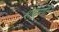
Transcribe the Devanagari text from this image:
शेंदुणी